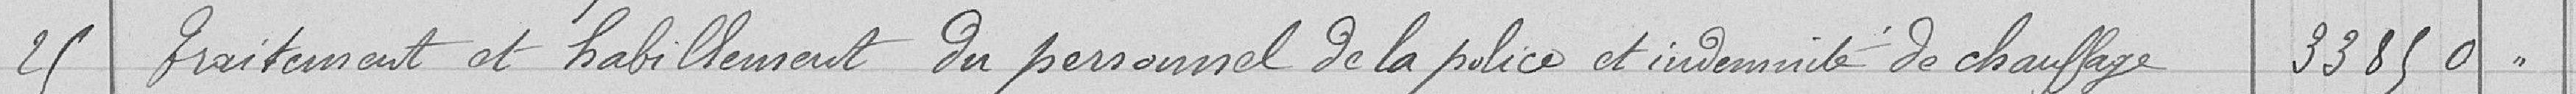
25 traitement et habillement du personnel de la police et indemnité de chauffage